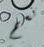
نعم